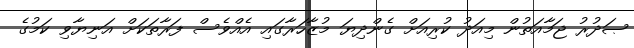
ޞަދުރު ޖަމާއަތުން މިއަދު ކުރިއަށް ގެންދިޔަ މުޒާހަރާގައި އެއްވެސް ފަރާތަކަށް އަނިޔާވި ކަމުގެ